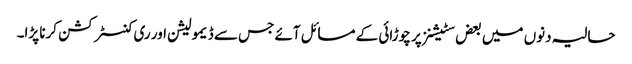
حالیہ دنوں میں بعض سٹیشنز پر چوڑائی کے مسائل آئے جس سے ڈیمولیشن اور ری کنسٹرکشن کرنا پڑا۔